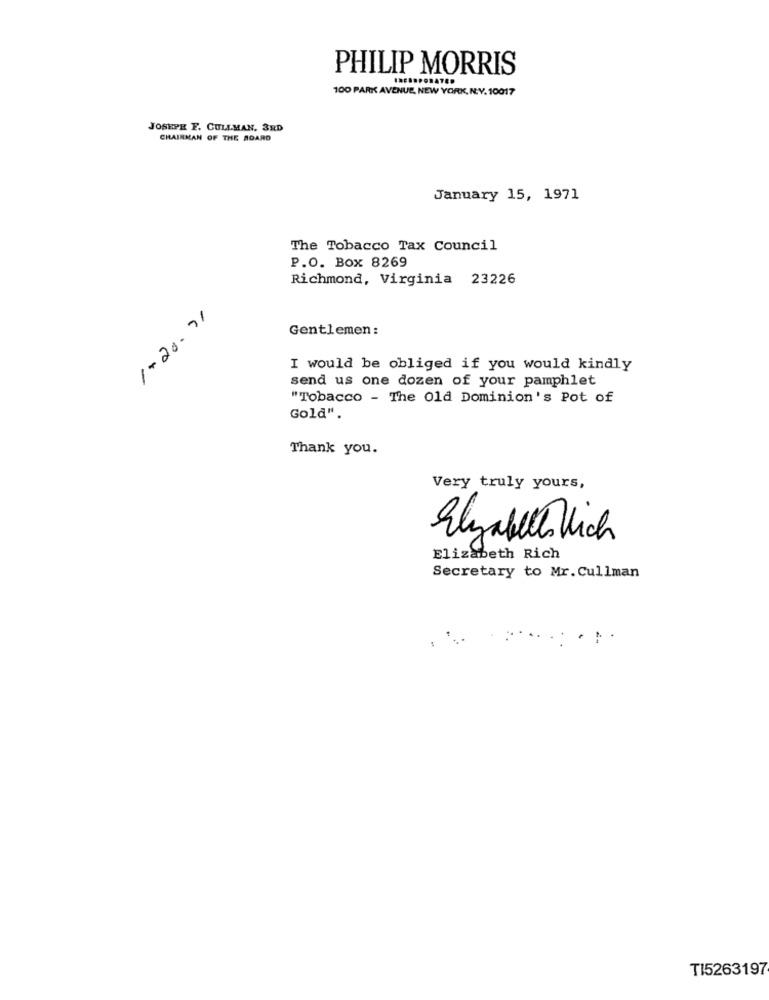
PHILIP MORRIS
100 PARK AVENUE, NEW YORK, N.Y. 10017
JOSEPH F. CULLMAN. 3RD
CHAIRMAN OF THE BOARD
January 15, 1971
The Tobacco Tax Council
P.O. Box 8269
Richmond, Virginia 23226
1-20.71
Gentlemen:
I would be obliged if you would kindly
send us one dozen of your pamphlet
"Tobacco - The Old Dominion's Pot of
Gold".
Thank you.
Very truly yours,
Elizabeth Which
Elizabeth Rich
Secretary to Mr. Cullman
TI5263197